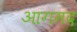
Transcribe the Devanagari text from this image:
आगमद